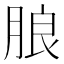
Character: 𱼋